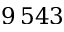
9 \, 5 4 3